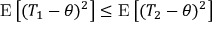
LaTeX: \mathrm { E } \left[ ( T _ { 1 } - \theta ) ^ { 2 } \right] \leq \mathrm { E } \left[ ( T _ { 2 } - \theta ) ^ { 2 } \right]